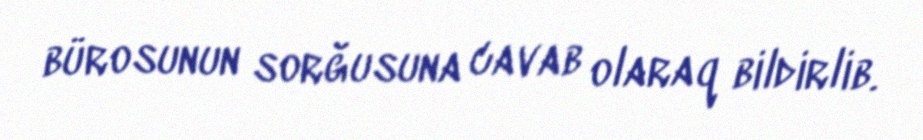
bürosunun sorğusuna cavab olaraq bildirlib.